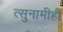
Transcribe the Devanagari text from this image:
त्सुनामीही